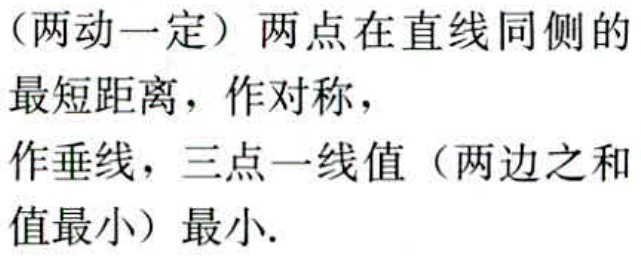
（两动一定）两点在直线同侧的最短距离，作对称，

作垂线，三点一线值（两边之和值最小）最小.